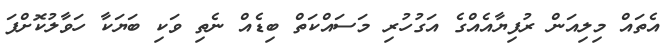
އެތައް މިލިއަން ރުފިޔާއެއްގެ އަގުހުރި މަސައްކަތް ބިޑެއް ނެތި ވަކި ބަޔަކާ ހަވާލުކޮށްފަ